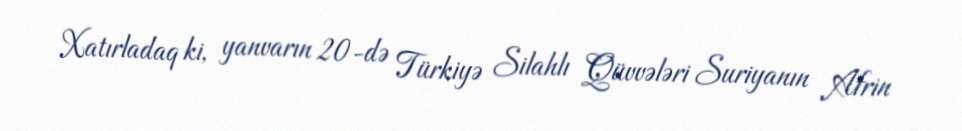
Xatırladaq ki, yanvarın 20-də Türkiyə Silahlı Qüvvələri Suriyanın Afrin